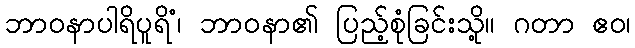
ဘာဝနာပါရိပူရိံ၊ ဘာဝနာ၏ ပြည့်စုံခြင်းသို့။ ဂတာ ဧဝ၊